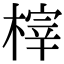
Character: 榟